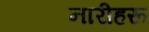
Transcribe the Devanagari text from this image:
नारीहरू